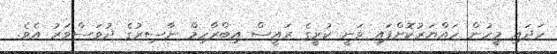
ހަދައި މީހުން ހައްޔަރުކޮށްފައި ވަނީ ކުރީގެ ރައީސް އިބްރާހިމް ނާސިރުގެ ދުވަސްވަރު އެވެ.